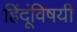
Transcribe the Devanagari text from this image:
हिंदूंविषयी